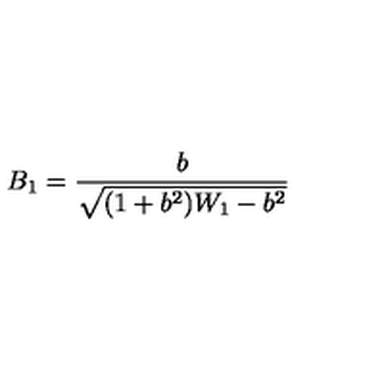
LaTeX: B _ { 1 } = \frac { b } { \sqrt { ( 1 + b ^ { 2 } ) W _ { 1 } - b ^ { 2 } } }